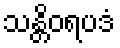
သန္တိဝရပဒံ